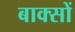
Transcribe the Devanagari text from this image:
बाक्सों